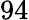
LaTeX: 94